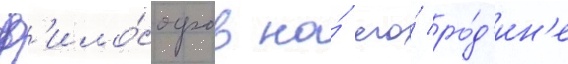
ф'ило́софов на́ его́ ро́д'ин'е